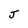
Character: J